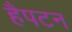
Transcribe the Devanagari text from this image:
हैपटन